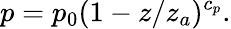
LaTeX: p=p_{0}(1-z/z_{a})^{c_{p}}.